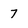
Character: 7